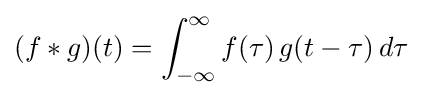
(f*g)(t)=\int _{-\infty }^{\infty }f(\tau )\,g(t-\tau )\,d\tau